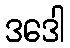
ဒဒေါ